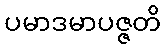
ပမာဒမာပဇ္ဇတိ